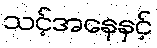
သင့်အနေနှင့်